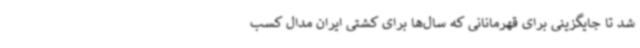
شد تا جایگزینی برای قهرمانانی که سال‌ها برای کشتی ایران مدال کسب